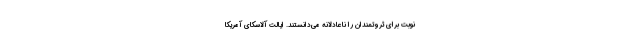
نوبت برای ثروتمندان را ناعادلانه می‌دانستند. ایالت آلاسکای آمریکا